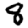
Digit: 8